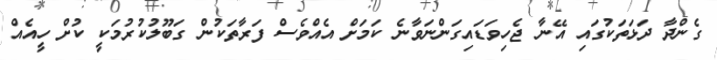
ގެންދާ ދަޅަތަކުގައި އޭނާ ޖެހިވަޑައިގަންނަވާނެ ކަމަށް އެއްވެސް ފަރާތަކުން ގަބޫލުކުރުމަކީ ކުށް ހީއެއް